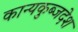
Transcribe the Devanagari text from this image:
कान्यकुब्जदेश